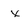
Character: x